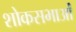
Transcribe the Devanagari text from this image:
शोकसभाओं